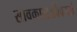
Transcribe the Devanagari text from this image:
सावकास।विवरतां